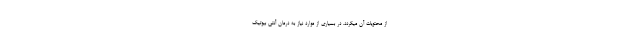
از محتویات آن میگردد. در بسیاری از موارد نیاز به درمان آنتی بیوتیک